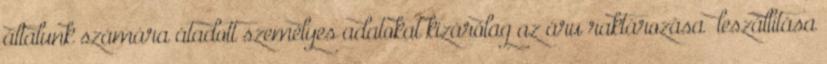
általunk számára átadott személyes adatokat kizárólag az áru raktározása leszállítása